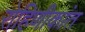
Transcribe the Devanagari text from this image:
रोहिणीकांत